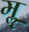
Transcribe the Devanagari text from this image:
मॣ